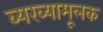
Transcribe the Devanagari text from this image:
व्यख्यामूलक